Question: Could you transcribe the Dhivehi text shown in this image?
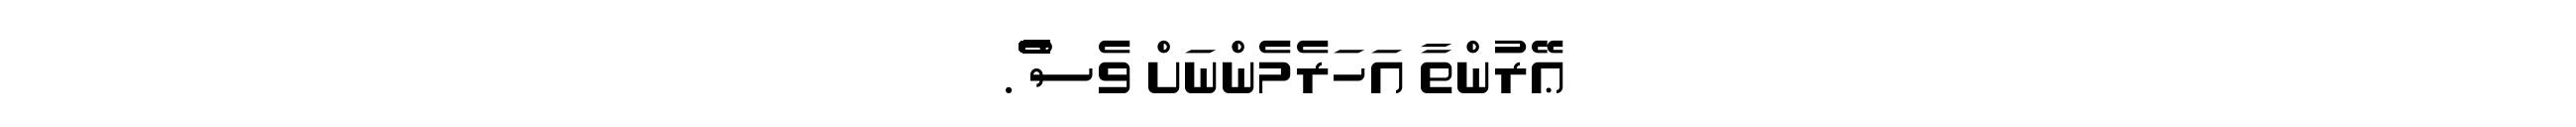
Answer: ޢޭރުންތާ އަހަރެމެންނަށް ވެސް ެެެެެެެެެެެެެެެެެެެެެެެެެެެެެެެެެެެެެެެެެެެެެެެެެެެެެެެެެެެެެެެެެެެެެެެެ.